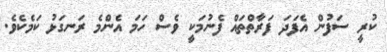
ކުރީ ސަފުން އެފަދަ ފަރާތްތައް ފެނުމަކީ ވެސް ހަމަ އެންމެ ރަނގަޅު ކަމެކެވެ.